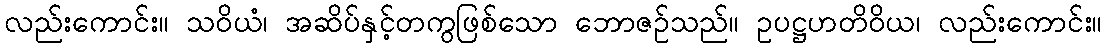
လည်းကောင်း။ သဝိယံ၊ အဆိပ်နှင့်တကွဖြစ်သော ဘောဇဉ်သည်။ ဥပဋ္ဌဟတိဝိယ၊ လည်းကောင်း။